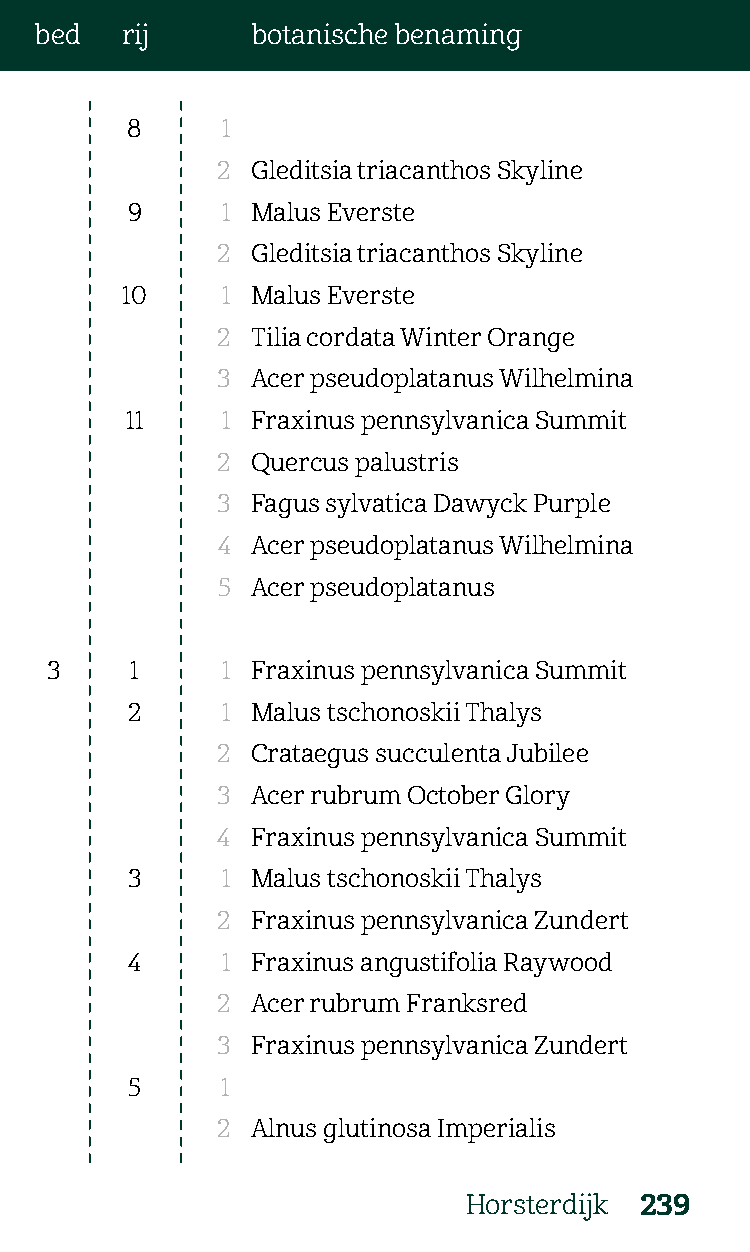
bed   rij      botanische benaming
 8      1
 2  Gleditsia triacanthos Skyline
 9      1 Malus Everste
 2  Gleditsia triacanthos Skyline
 10     1 Malus Everste
 2  Tilia cordata Winter Orange
 3  Acer pseudoplatanus Wilhelmina
 11     1 Fraxinus pennsylvanica Summit
 2  Quercus palustris
 3  Fagus sylvatica Dawyck Purple
 4  Acer pseudoplatanus Wilhelmina
 5  Acer pseudoplatanus
 3     1     1 Fraxinus pennsylvanica Summit
 2      1 Malus tschonoskii Thalys
 2  Crataegus succulenta Jubilee
 3  Acer rubrum October Glory
 4  Fraxinus pennsylvanica Summit
 3      1 Malus tschonoskii Thalys
 2  Fraxinus pennsylvanica Zundert
 4      1 Fraxinus angustifolia Raywood
 2  Acer rubrum Franksred
 3  Fraxinus pennsylvanica Zundert
 5      1
 2  Alnus glutinosa Imperialis
 Horsterdijk 239